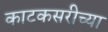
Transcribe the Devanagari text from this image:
काटकसरीच्या